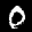
Label: 0